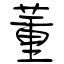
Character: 董